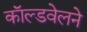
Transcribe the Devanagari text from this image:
काॅल्डवेलने